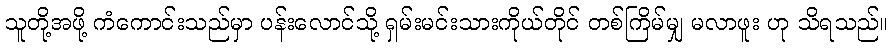
သူတို့အဖို့ ကံကောင်းသည်မှာ ပန်းလောင်သို့ ရှမ်းမင်းသားကိုယ်တိုင် တစ်ကြိမ်မျှ မလာဖူး ဟု သိရသည်။